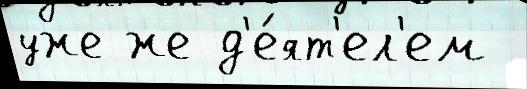
уже же д'е́ят'ел'ем